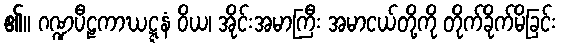
၏။ ဂဏ္ဍပီဠကာဃဋ္ဋနံ ဝိယ၊ အိုင်းအမာကြီး အမာငယ်တို့ကို တိုက်ခိုက်မိခြင်း